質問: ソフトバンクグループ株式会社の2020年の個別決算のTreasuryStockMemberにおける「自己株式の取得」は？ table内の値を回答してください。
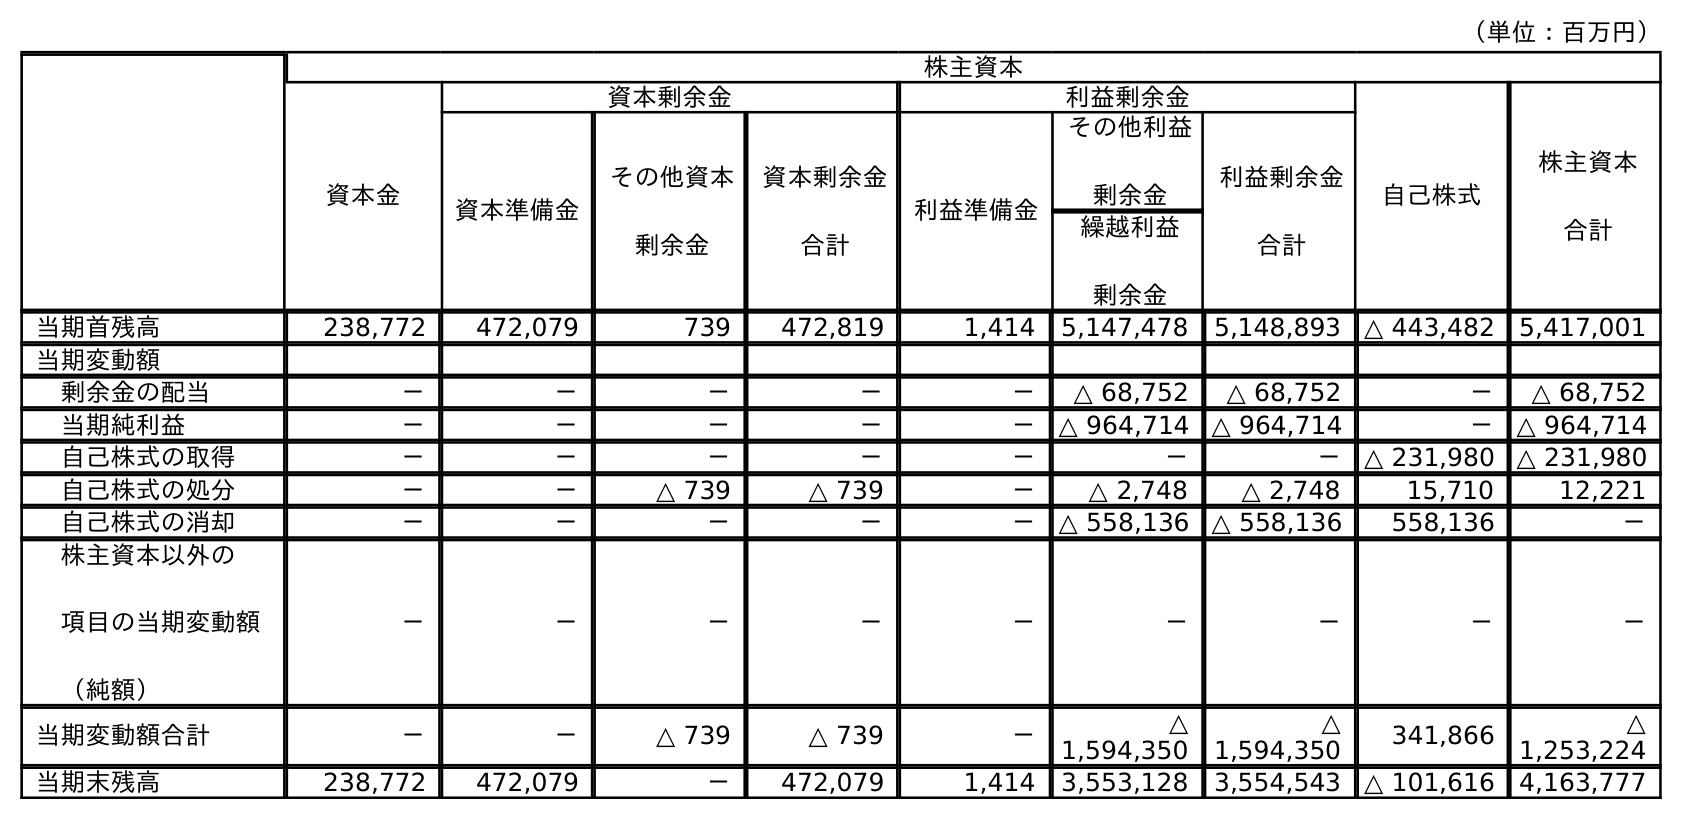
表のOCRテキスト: （単位：百万円） 株主資本 資本金 資本剰余金 利益剰余金 自己株式 株主資本 合計 資本準備金 その他資本 剰余金 資本剰余金 合計 利益準備金 その他利益 剰余金 利益剰余金 合計 繰越利益 剰余金 当期首残高 238,772 472,079 739 472,819 1,414 5,147,478 5,148,893 △ 443,482 5,417,001 当期変動額 剰余金の配当 － － － － － △ 68,752 △ 68,752 － △ 68,752 当期純利益 － － － － － △ 964,714 △ 964,714 － △ 964,714 自己株式の取得 － － － － － － － △ 231,980 △ 231,980 自己株式の処分 － － △ 739 △ 739 － △ 2,748 △ 2,748 15,710 12,221 自己株式の消却 － － － － － △ 558,136 △ 558,136 558,136 － 株主資本以外の 項目の当期変動額 （純額） － － － － － － － － － 当期変動額合計 － － △ 739 △ 739 － △ 1,594,350 △ 1,594,350 341,866 △ 1,253,224 当期末残高 238,772 472,079 － 472,079 1,414 3,553,128 3,554,543 △ 101,616 4,163,777
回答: △231,980